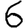
Digit: 6